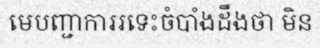
មេបញ្ជាការរទេះចំបាំងដឹងថា មិន